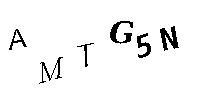
AMTG5N